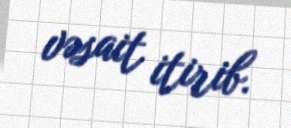
vəsait itirib.